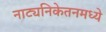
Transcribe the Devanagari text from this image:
नाट्यनिकेतनमध्ये